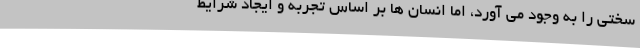
سختی را به وجود می آورد، اما انسان ها بر اساس تجربه و ایجاد شرایط